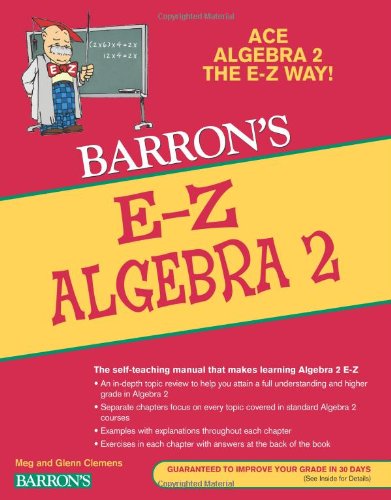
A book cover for E-Z Algebra 2 (Barron's E-Z Series); Meg Clemens; Science & Math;